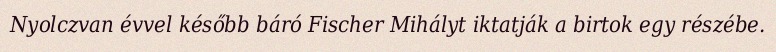
Nyolczvan évvel később báró Fischer Mihályt iktatják a birtok egy részébe.